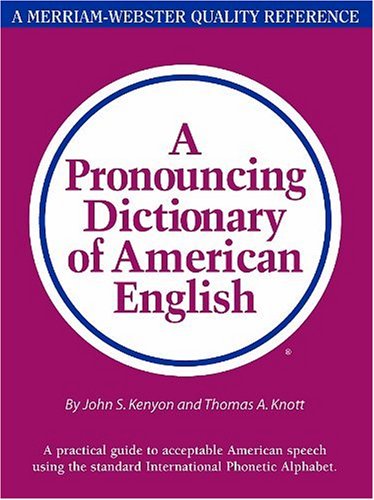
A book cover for A Pronouncing Dictionary of American English; John Samuel Kenyon; Reference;